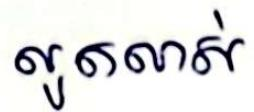
លូតលាស់